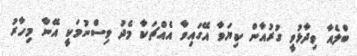
ބްލެއާ ވިދާޅުވީ ގުރުއާން ކިޔަވާ އޭގައިވާ އެއްޗަކާ މެދު ވިސްނުމަކީ އޭނާ މިހާރު